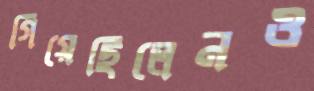
গিয়েছিলেনও